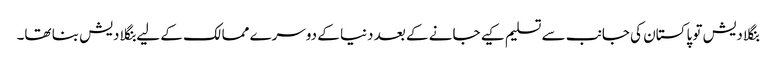
بنگلا دیش تو پاکستان کی جانب سے تسلیم کیے جانے کے بعد دنیا کے دوسرے ممالک کے لیے بنگلا دیش بنا تھا۔